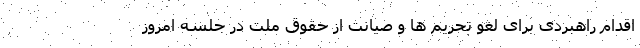
اقدام راهبردی برای لغو تحریم ها و صیانت از حقوق ملت در جلسه امروز